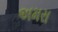
અમરા